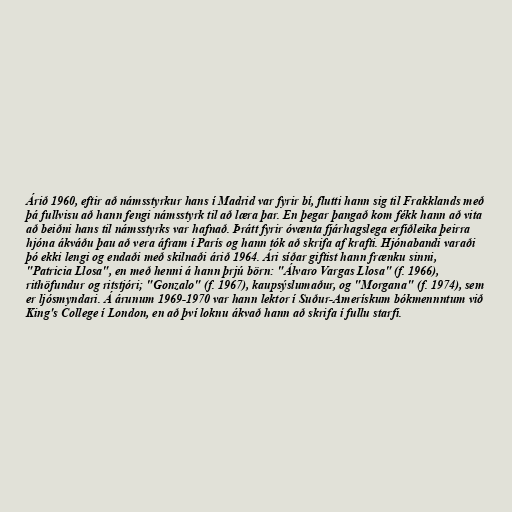
Árið 1960, eftir að námsstyrkur hans í Madrid var fyrir bí, flutti hann sig til Frakklands með
þá fullvisu að hann fengi námsstyrk til að læra þar. En þegar þangað kom fékk hann að vita
að beiðni hans til námsstyrks var hafnað. Þrátt fyrir óvænta fjárhagslega erfiðleika þeirra
hjóna ákváðu þau að vera áfram í París og hann tók að skrifa af krafti. Hjónabandi varaði
þó ekki lengi og endaði með skilnaði árið 1964. Ári síðar giftist hann frænku sinni,
"Patricia Llosa", en með henni á hann þrjú börn: "Álvaro Vargas Llosa" (f. 1966),
rithöfundur og ritstjóri; "Gonzalo" (f. 1967), kaupsýslumaður, og "Morgana" (f. 1974), sem
er ljósmyndari. Á árunum 1969-1970 var hann lektor í Suður-Amerískum bókmennntum við
King's College í London, en að því loknu ákvað hann að skrifa í fullu starfi.